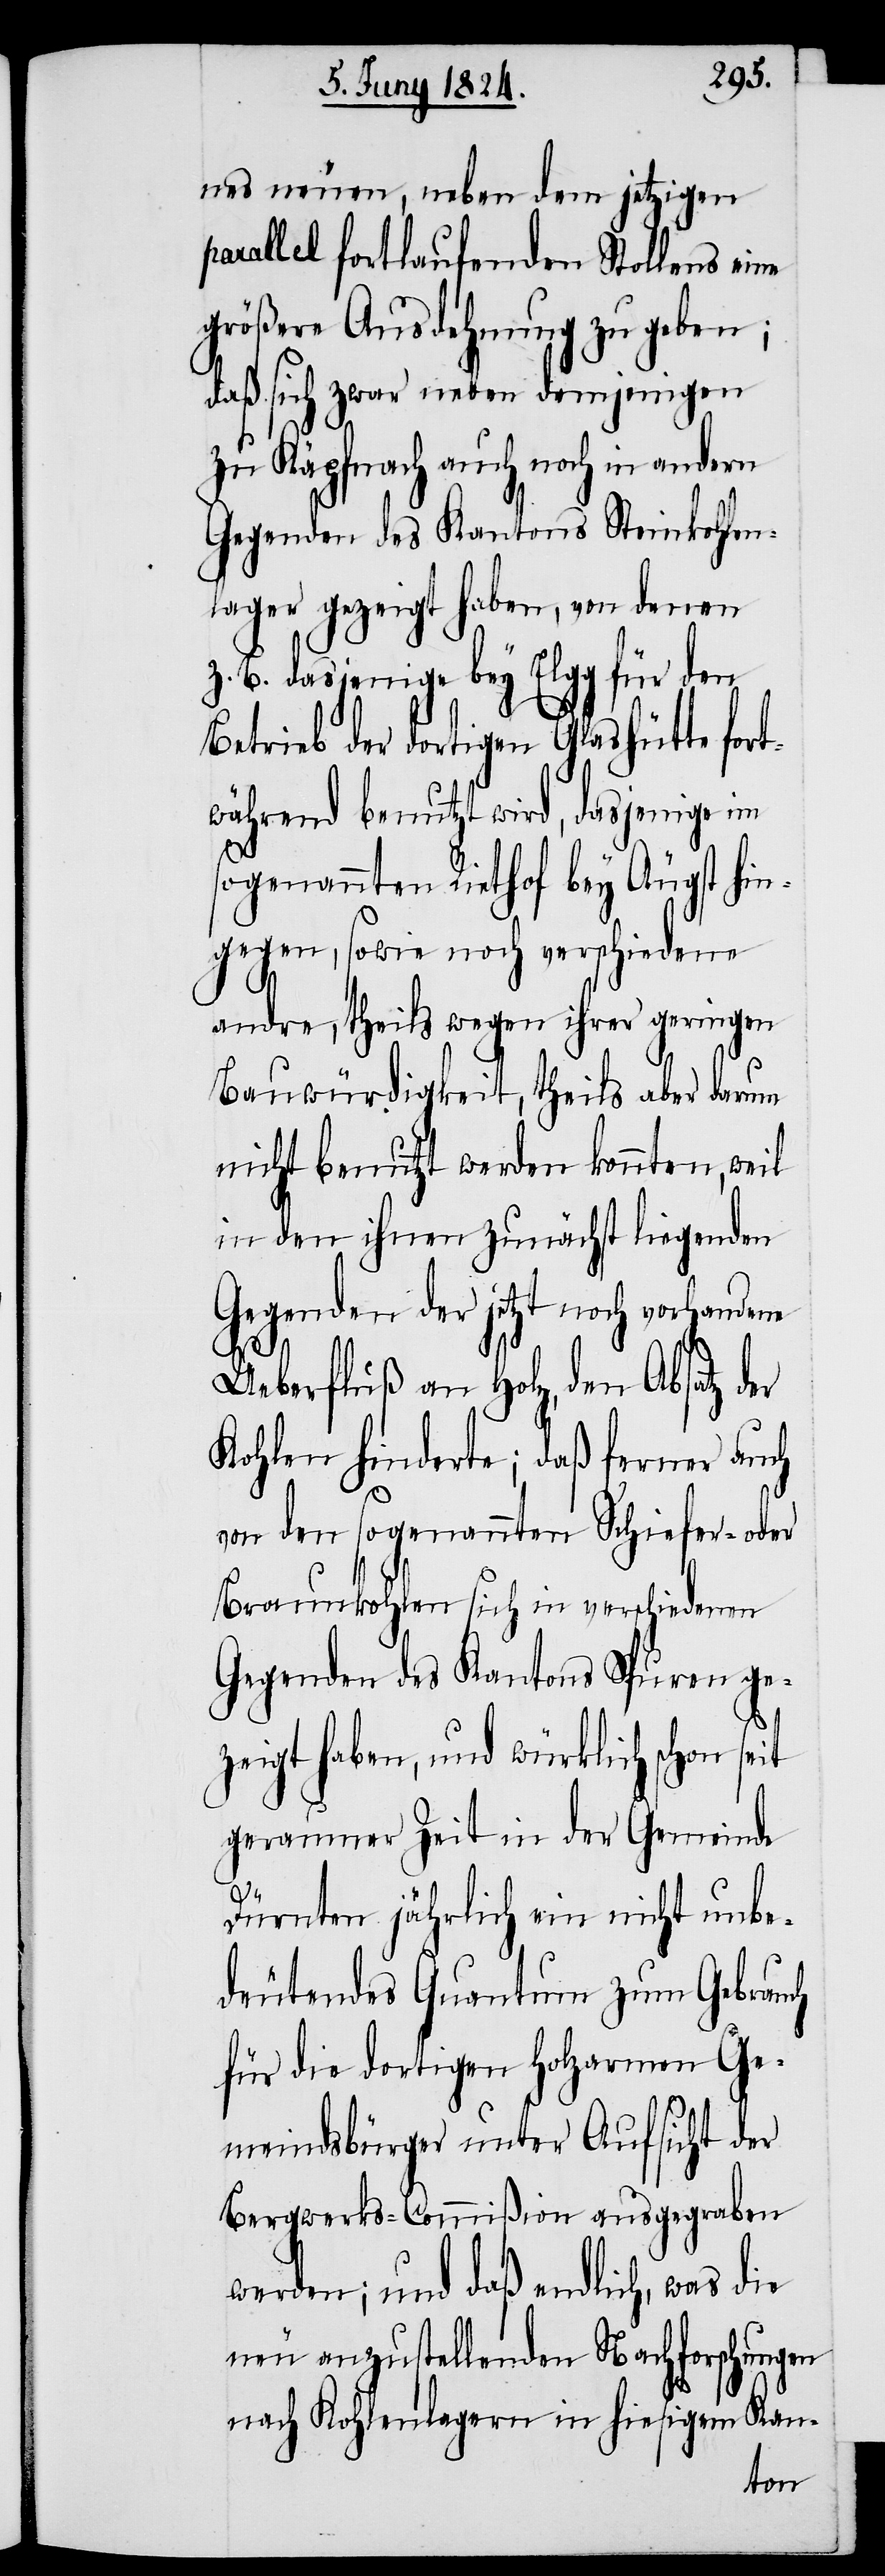
nes neuen, neben dem jetztigen
parallel fortlaufenden Stollens eine
größere Ausdehnung zu geben;
daß sich zwar neben demjenigen
zu Käpfnach auch noch in andern
Gegenden des Kantons Steinkohlen¬
lager gezeigt haben, von denen
z. B. dasjenige bey Elgg für den
Betrieb der dortigen Glashütte fort¬
während benutzt wird, dasjenige im
sogenannten Riethof bey Äugst hin¬
gegen, sowie noch verschiedene
andre, theils wegen ihrer geringen
Bauwürdigkeit, theils aber darum
nicht benutzt werden konnten, weil
in den ihnen zunächst liegenden
Gegenden der jetzt noch vorhandene
Ueberfluß an Holz, den Absatz der
Kohlen hinderte; daß ferner auch
von den sogenannten Schiefer- oder
Baumkohlen sich in verschiedenen
Gegenden des Kantons Spuren ge¬
zeigt haben, und würklich schon seit
geraumer Zeit in der Gemeinde
Dürnten jährlich ein nicht unbe¬
deutendes Quantum zum Gebrauch
für die dortigen holzarmen Ge¬
meindsbürger unter Aufsicht der
Bergwerks-Commißion ausgegraben
werden: und daß endlich, was die
neu anzustellenden Nachforschungen
nach Kohlenlagern in hiesigem Kan-